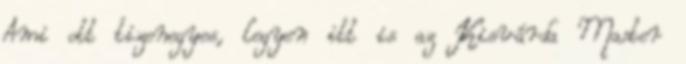
Ami ott tizenegyes, legyen itt is az Kisvárda Master